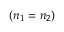
( n _ { 1 } = n _ { 2 } )